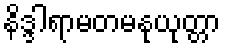
နိဒ္ဒါရာမတမနုယုတ္တာ